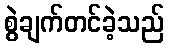
စွဲချက်တင်ခဲ့သည်